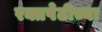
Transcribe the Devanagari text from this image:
रक्तपेढीच्या